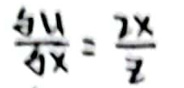
\(\frac { d u } { d x } = \frac { 2 x } { 2 }\)